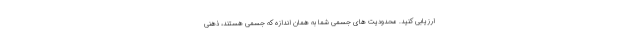
ارزیابی کنید. محدودیت های جسمی شما به همان اندازه که جسمی هستند، ذهنی